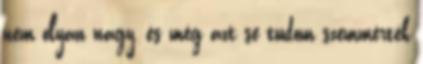
nem olyan nagy, és még azt se tudom szemmérték